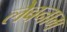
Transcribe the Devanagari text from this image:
लेबनाम